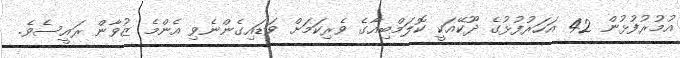
އުމުރުފުޅުން 42 އަހަރުފުޅުގެ ދޫކޭއަކީ ކޮލަމްބިއާގެ ވެރިކަމަށް ވަޑައިގެންނެވި އެންމެ ޒުވާން ރައީސެވެ.